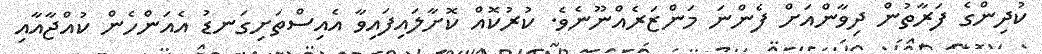
ކުދިންގެ ފަރާތުން ދިވާންއަށް ފެންނަ މަންޒަރެއްނޫނެވެ. ކުރުކޮއް ކޮށާލައިފައިވާ އެއިސްތަށިގަނޑު އެއަންހެން ކުއްޖާއާއި